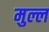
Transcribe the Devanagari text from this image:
मुल्ल